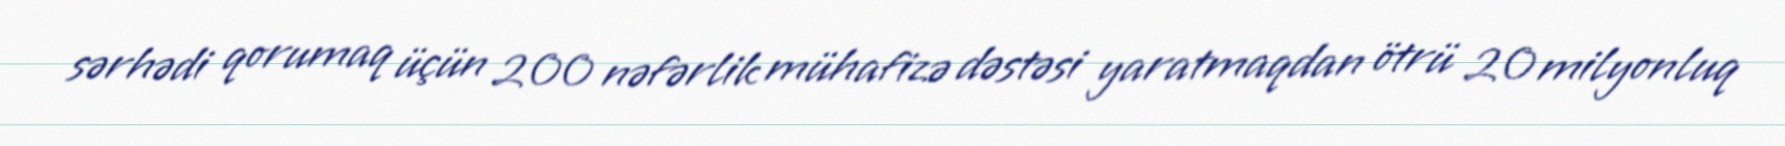
sərhədi qorumaq üçün 200 nəfərlik mühafizə dəstəsi yaratmaqdan ötrü 20 milyonluq